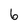
Character: 6